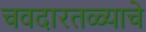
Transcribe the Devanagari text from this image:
चवदारतळ्याचे